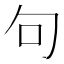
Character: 句